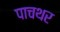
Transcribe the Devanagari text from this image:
पाचथर